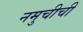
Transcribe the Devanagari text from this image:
नमुचीची